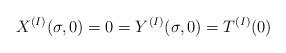
LaTeX: \begin{align*}X^{(I)}(\sigma,0) = 0 = Y^{(I)}(\sigma,0) = T^{(I)}(0)\end{align*}